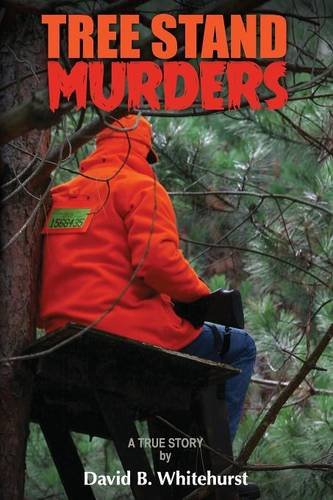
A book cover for Tree Stand Murders; David B. Whitehurst; Biographies & Memoirs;